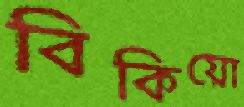
বিকিয়ো